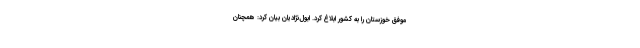
موفق خوزستان را به کشور ابلاغ کرد. ابول‌نژادیان بیان کرد: همچنان